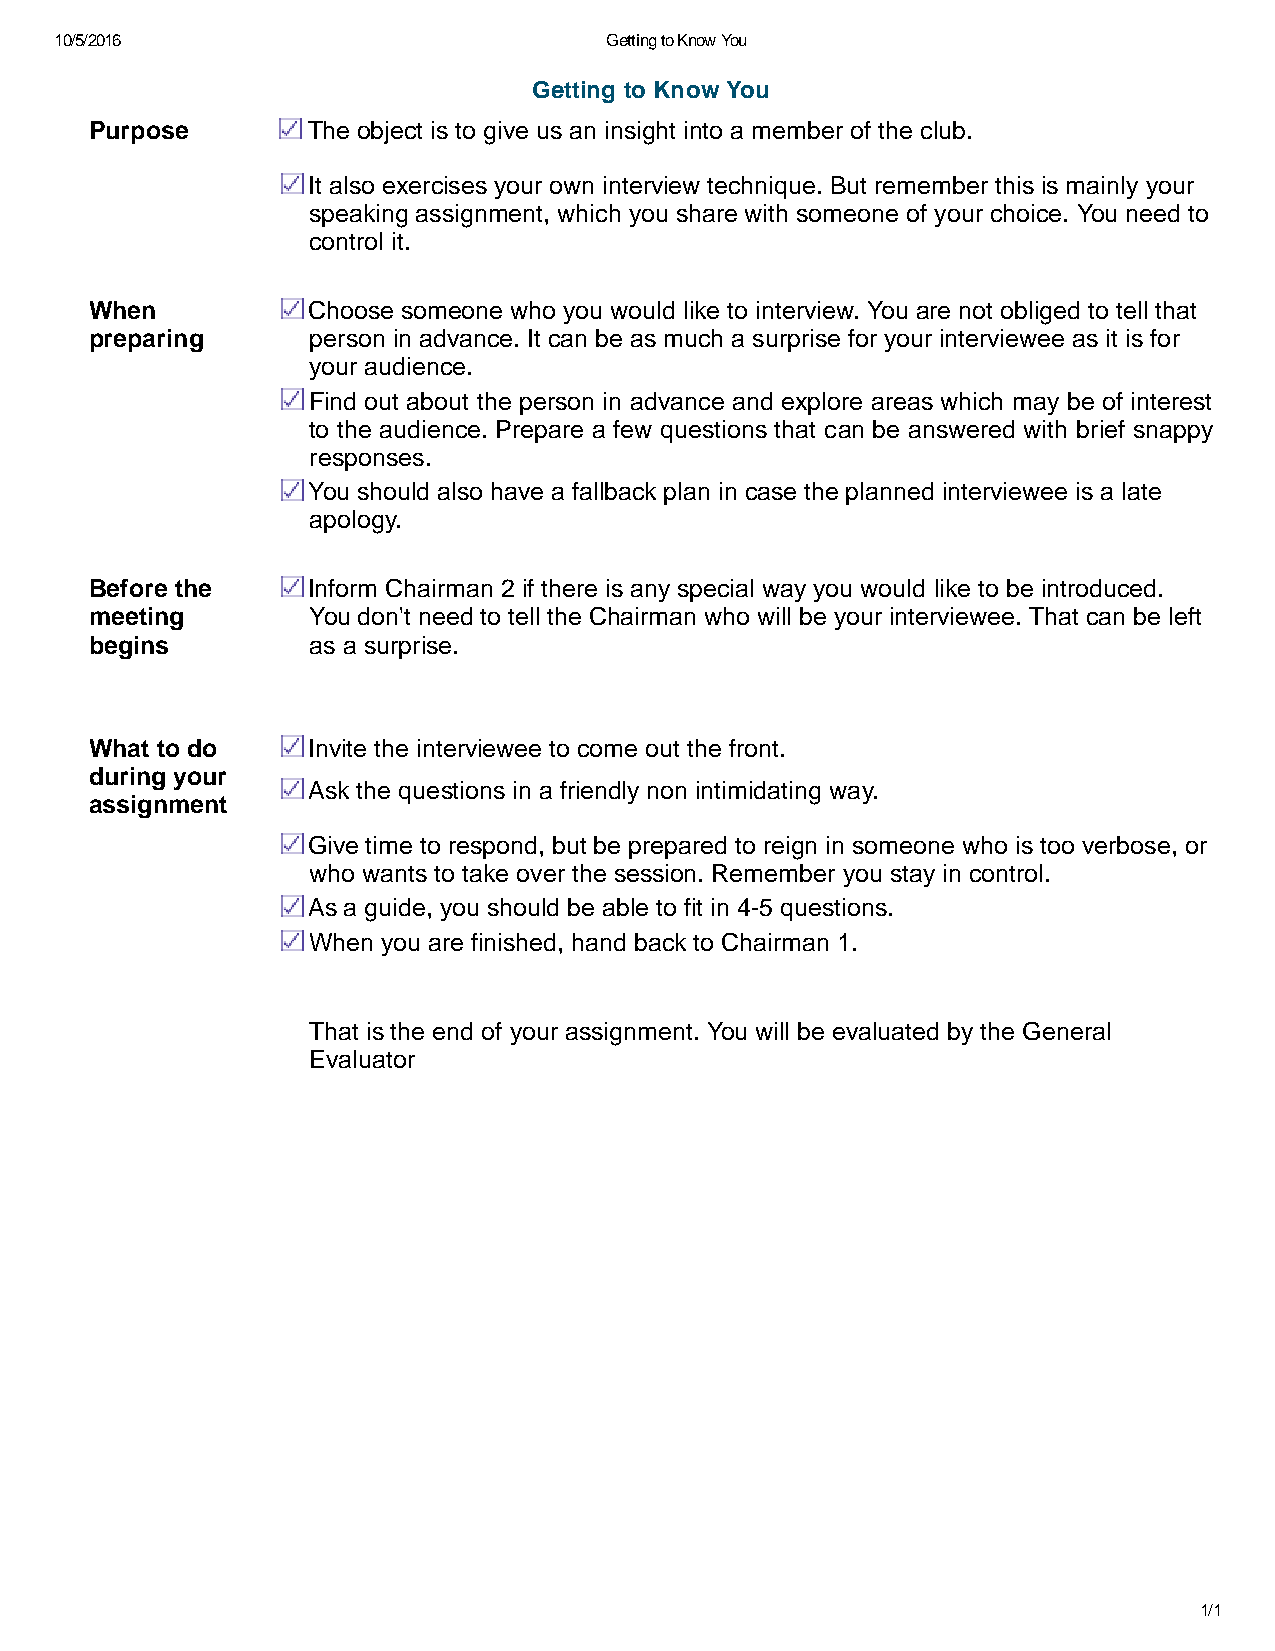
10/5/2016                           Getting to Know You
 Getting to Know You
 Purpose       The object is to give us an insight into a member of the club.
 It also exercises your own interview technique. But remember this is mainly your
 speaking assignment, which you share with someone of your choice. You need to
 control it.
 When          Choose someone who you would like to interview. You are not obliged to tell that
 preparing     person in advance. It can be as much a surprise for your interviewee as it is for
 your audience.
 Find out about the person in advance and explore areas which may be of interest
 to the audience. Prepare a few questions that can be answered with brief snappy
 responses.
 You should also have a fallback plan in case the planned interviewee is a late
 apology.
 Before the    Inform Chairman 2 if there is any special way you would like to be introduced.
 meeting       You don't need to tell the Chairman who will be your interviewee. That can be left
 begins        as a surprise.
 What to do    Invite the interviewee to come out the front.
 during your
 Ask the questions in a friendly non intimidating way.
 assignment
 Give time to respond, but be prepared to reign in someone who is too verbose, or
 who wants to take over the session. Remember you stay in control.
 As a guide, you should be able to fit in 4 5 questions.
 When you are finished, hand back to Chairman 1.
 That is the end of your assignment. You will be evaluated by the General
 Evaluator
 1/1